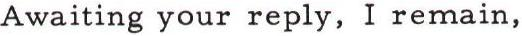
Awaiting your reply, I remain,